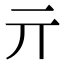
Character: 亓